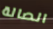
الصالة